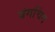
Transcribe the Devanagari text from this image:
षंगचिंग